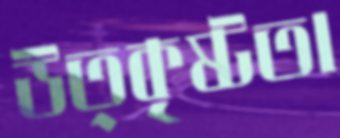
উত্কৃষ্টতা